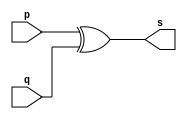
//--------------------------------------
//Exemplo0005 - XOR
//Nome: Mateus Guilherme do Carmo Cruz
//Matrcula: 427446
//---------------------------------------

//------------------
//-- xor gate
//------------------

module xorgate(output [0:3] s,
					input [0:3] p,
					input [0:3] q);
	assign s = p ^ q;
endmodule //xorgate

//----------------
//-- test xor gate
//----------------

module testxorgate;
//------------- dados locais
	reg [0:3] a,b; //definir registrador
	wire [0:3]s; //definir conexo(fio)
	
//------------------- instancia
	xorgate XOR1(s,a,b);
//-------------------- preparao
	initial begin:start
		a=4'b0011; //4 valores binrios
		b=4'b0101; //4 valores binrios
	end
//--------------------- parte principal

	initial begin
		$display("Exemplo0005 - Mateus Guilherme do Carmo Cruz - 427446");
		$display("Test XOR gate");
		$display("\na ^ b = s\n");
		$monitor("%b ^ %b = %b",a,b,s);
		#1 a=0; b=0; 						//valores decimais
		#1 a= 4'b0010; b=4'b0001;		//valores binrios
		#1 a=4'd1;		b=3;				//decimal e decimal
		#1 a=4'o5;		b=2;				//octal e decimal
		#1 a=4'hA;		b=3;				//hexadecimal e decimal
		#1 a=4'h9;		b=4'o3;			//hexadecimal e octal
	end

endmodule //testxorgate